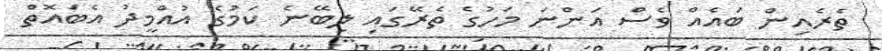
ތެރެއިން ބައެއް ވެސް އަންނަ މަހުގެ ތެރޭގައި ލިބޭނެ ކަމުގެ އުއްމީދު އެބައޮތް